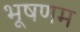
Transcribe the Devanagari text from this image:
भूषणम